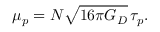
\mu _ { p } = N \sqrt { 1 6 \pi G _ { D } } \, \tau _ { p } .